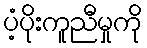
ပံ့ပိုးကူညီမှုကို